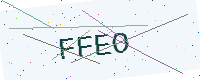
Text: FFEO